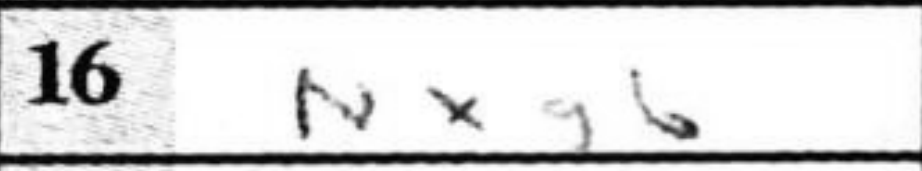
Transcription: Nxg6